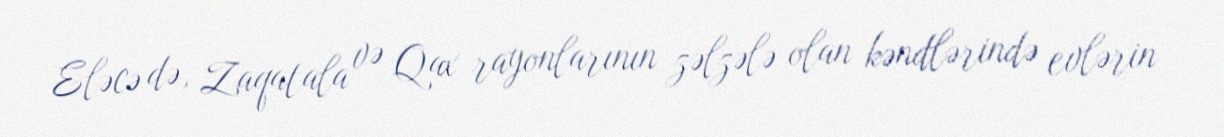
Eləcə də, Zaqatala və Qax rayonlarının zəlzələ olan kəndlərində evlərin